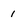
Character: 1